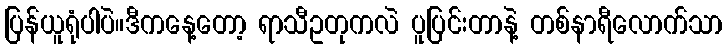
ပြန်ယူရုံပါပဲ။ဒီကနေ့တော့ ရာသီဥတုကလဲ ပူပြင်းတာနဲ့ တစ်နာရီလောက်သာ